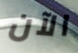
الآن